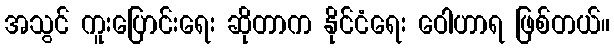
အသွင် ကူးပြောင်းရေး ဆိုတာက နိုင်ငံရေး ဝေါဟာရ ဖြစ်တယ်။